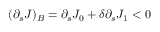
( \partial _ { s } J ) _ { B } = \partial _ { s } J _ { 0 } + \delta \partial _ { s } J _ { 1 } < 0